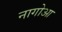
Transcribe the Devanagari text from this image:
नागोआ